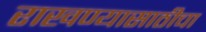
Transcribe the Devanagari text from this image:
राखण्यासाठीचा